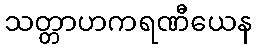
သတ္တာဟကရဏီယေန